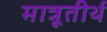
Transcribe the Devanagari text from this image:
मात्रूतीर्थ